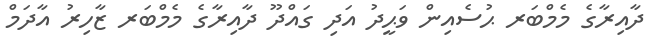
ދާއިރާގެ މެމްބަރ ޙުސެއިން ވަޙީދު އަދި ގައްދޫ ދާއިރާގެ މެމްބަރ ޒާހިރު އާދަމް